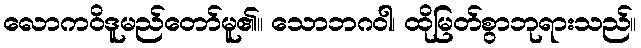
လောကဝိဒူမည်တော်မူ၏။ သောဘဂဝါ၊ ထိုမြတ်စွာဘုရားသည်။